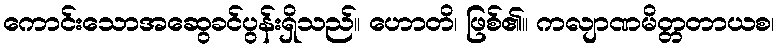
ကောင်းသောအဆွေခင်ပွန်းရှိသည်။ ဟောတိ၊ ဖြစ်၏။ ကလျာဏမိတ္တတာယစ၊